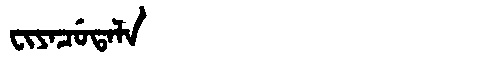
Manchu: ᠸᡳᠶᠠᠴᡠᡨᠠᠯᠠ
Romanization: FIYACUTALA